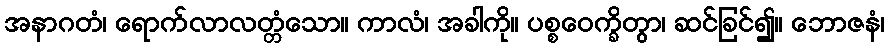
အနာဂတံ၊ ရောက်လာလတ္တံသော။ ကာလံ၊ အခါကို။ ပစ္စဝေက္ခိတွာ၊ ဆင်ခြင်၍။ ဘောဇနံ၊